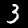
Digit: 3